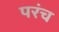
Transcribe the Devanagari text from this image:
परंच